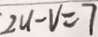
2 u - V = 7